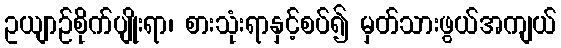
ဥယျာဉ်စိုက်ပျိုးရာ၊ စားသုံးရာနှင့်စပ်၍ မှတ်သားဖွယ်အကျယ်